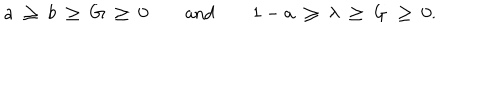
a \ \geq \ b \ \geq \ G \ \geq \ 0 \qquad \mathrm { a n d } \qquad 1 - a \ \geq \ \lambda \ \geq \ G \ \geq \ 0 .